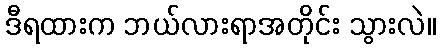
ဒီရထားက ဘယ်လားရာအတိုင်း သွားလဲ။